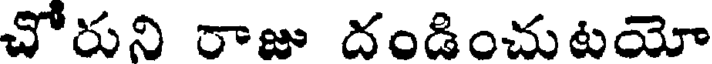
చోరుని రాజు దండించుటయో